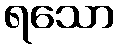
ရသော